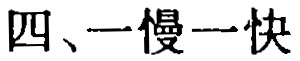
四、一慢一快